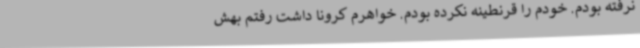
نرفته بودم. خودم را قرنطینه نکرده بودم. خواهرم کرونا داشت رفتم بهش